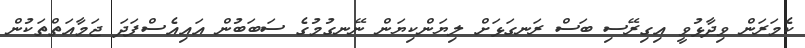
ކެމަރަން ވިދާޅުވީ އިގިރޭސި ބަސް ރަނގަޅަށް ލިޔަންކިޔަން ނޭނގުމުގެ ސަބަބުން އައިއެސްފަދަ ޖަމާއަތްތަކުން